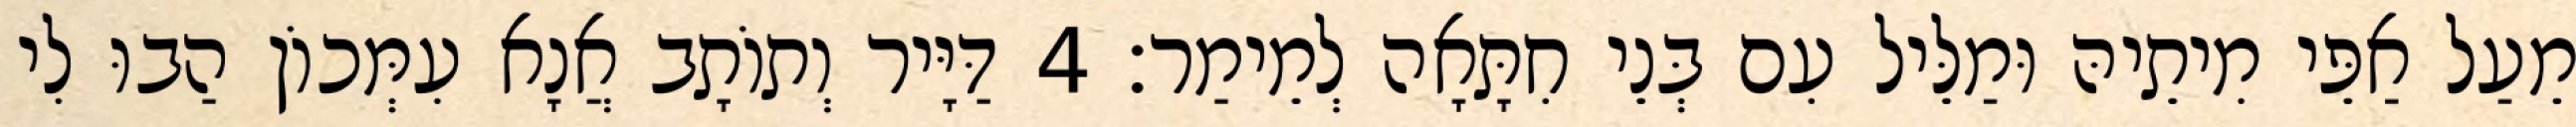
מֵעַל אַפֵּי מִיתֵיהּ וּמַלֵּיל עִם בְּנֵי חִתָּאָה לְמֵימַר׃ 4 דַּיָּיר וְתוֹתָב אֲנָא עִמְּכוֹן הַבוּ לִי